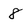
Character: 8